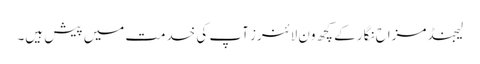
لیجنڈ مزاح نگار کے کچھ ون لائنرز آپ کی خدمت میں پیش ہیں۔